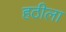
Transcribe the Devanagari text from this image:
हठीला